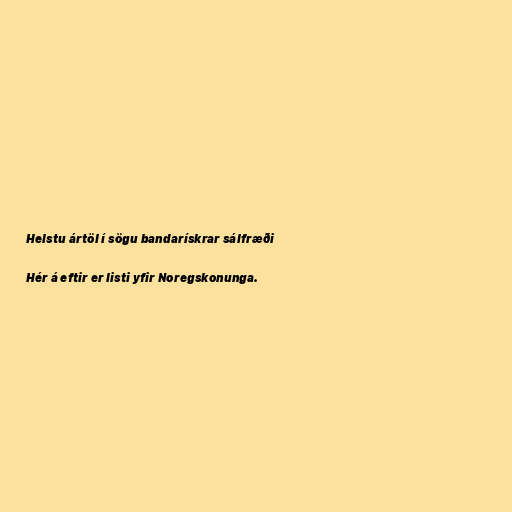
Helstu ártöl í sögu bandarískrar sálfræði

Hér á eftir er listi yfir Noregskonunga.